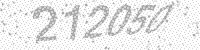
Solution: 212050